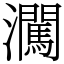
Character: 㶒